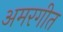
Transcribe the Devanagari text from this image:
अमरगीत